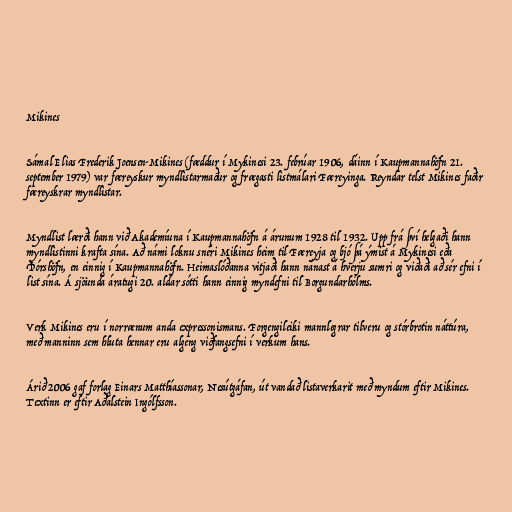
Mikines

Sámal Elias Frederik Joensen-Mikines (fæddur í Mykinesi 23. febrúar 1906, dáinn í Kaupmannahöfn 21.
september 1979) var færeyskur myndlistarmaður og frægasti listmálari Færeyinga. Reyndar telst Mikines faðir
færeyskrar myndlistar.

Myndlist lærði hann við Akademíuna í Kaupmannahöfn á árunum 1928 til 1932. Upp frá því helgaði hann
myndlistinni krafta sína. Að námi loknu snéri Mikines heim til Færeyja og bjó þá ýmist á Mykinesi eða
Þórshöfn, en einnig í Kaupmannahöfn. Heimaslóðanna vitjaði hann nánast á hverju sumri og viðaði að sér efni í
list sína. Á sjöunda áratugi 20. aldar sótti hann einnig myndefni til Borgundarhólms.

Verk Mikines eru í norrænum anda expressonismans. Forgengileiki mannlegrar tilveru og stórbrotin náttúra,
með manninn sem hluta hennar eru algeng viðfangsefni í verkum hans.

Árið 2006 gaf forlag Einars Matthíassonar, Nesútgáfan, út vandað listaverkarit með myndum eftir Mikines.
Textinn er eftir Aðalstein Ingólfsson.